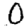
Digit: 0